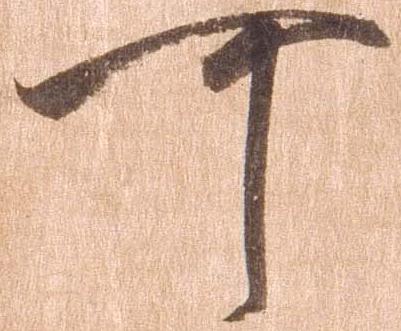
可